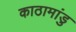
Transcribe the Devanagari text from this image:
काठामांडु